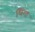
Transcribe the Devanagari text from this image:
धिंगा